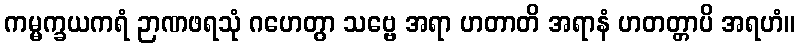
ကမ္မက္ခယကရံ ဉာဏဖရသုံ ဂဟေတွာ သဗ္ဗေ အရာ ဟတာတိ အရာနံ ဟတတ္တာပိ အရဟံ။